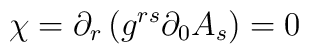
\chi =\partial _{r}\left( g^{rs}\partial _{0 }A_{s}\right) =0